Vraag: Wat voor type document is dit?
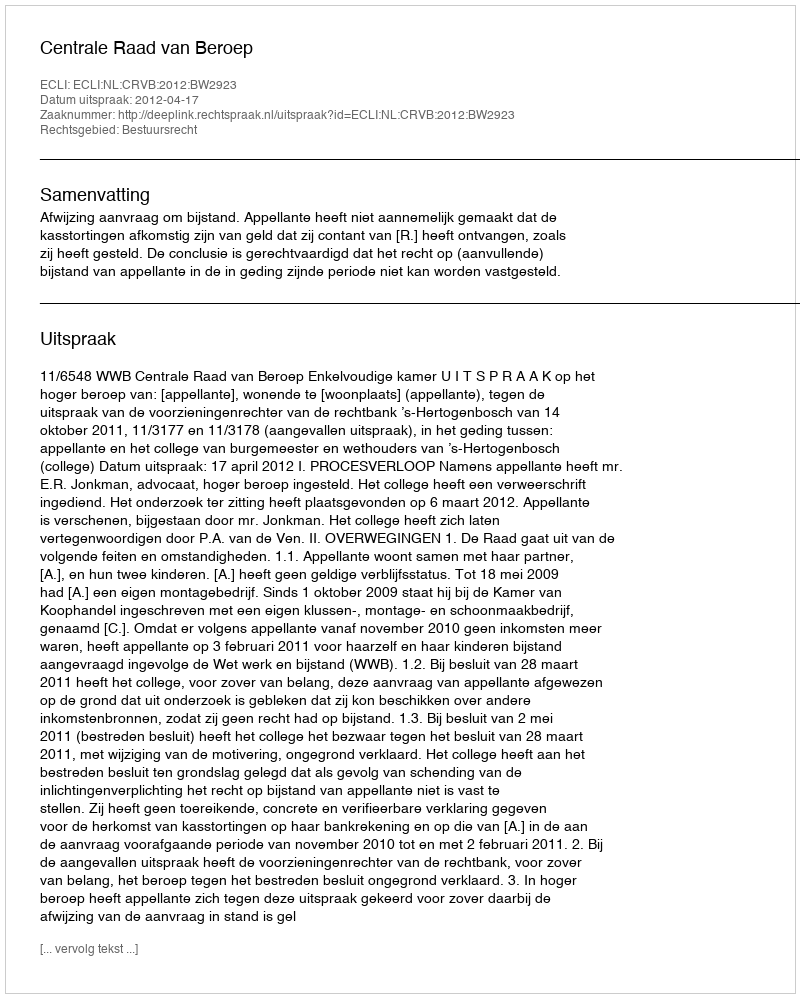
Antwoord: Uitspraak